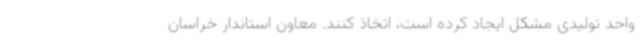
واحد تولیدی مشکل ایجاد کرده است، اتخاذ کنند. معاون استاندار خراسان